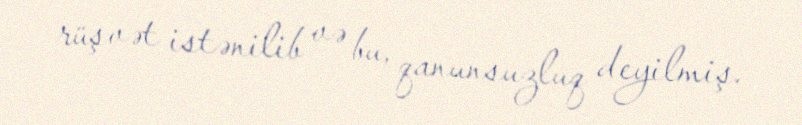
rüşvət istənilib və bu, qanunsuzluq deyilmiş.